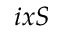
i x S